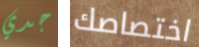
جدي اختصاصك